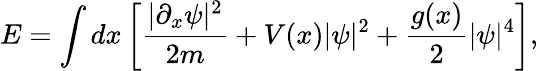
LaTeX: E=\int dx\left[\frac{|\partial_{x}\psi|^{2}}{2m}+V(x)|\psi|^{2}+\frac{g(x)}{2}|\psi|^{4}\right],